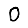
Digit: 0